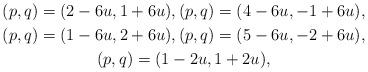
LaTeX: \begin{gather*}(p,q)=(2-6u,1+6u),(p,q)=(4-6u,-1+6u),\\(p,q)=(1-6u,2+6u),(p,q)=(5-6u,-2+6u),\\(p,q)=(1-2u,1+2u),\end{gather*}